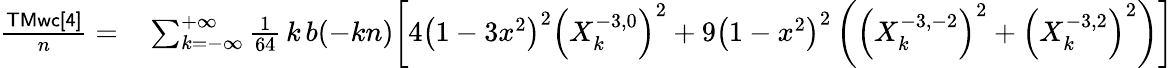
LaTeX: \begin{array}{rl}{\frac{\sf TMwc[4]}{n}=}&{{}\sum_{k=-\infty}^{+\infty}\frac{1}{64}\, k\, b(-kn)\bigg[4\left(1-3x^{2}\right)^{2}\left(X_{k}^{-3,0}\right)^{2}+9\left(1-x^{2}\right)^{2}\left(\left(X_{k}^{-3,-2}\right)^{2}+\left(X_{k}^{-3,2}\right)^{2}\right)\bigg]}\end{array}